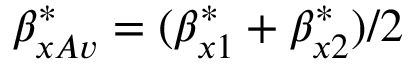
\beta _ { x A v } ^ { * } = ( \beta _ { x 1 } ^ { * } + \beta _ { x 2 } ^ { * } ) / 2